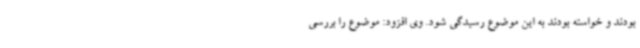
بودند و خواسته بودند به این موضوع رسیدگی شود. وی افزود: موضوع را بررسی